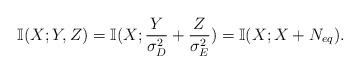
LaTeX: \begin{align*}\mathbb{I}(X;Y,Z)=\mathbb{I}(X;\frac{Y}{\sigma_D^2}+\frac{Z}{\sigma_E^2})=\mathbb{I}(X;X+N_{eq}).\end{align*}